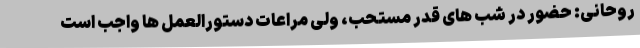
روحانی: حضور در شب های قدر مستحب، ولی مراعات دستورالعمل ها واجب است